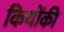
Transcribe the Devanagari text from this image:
कियोंकी